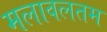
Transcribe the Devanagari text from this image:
मलावलतम